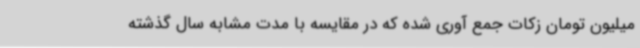
میلیون تومان زکات جمع آوری شده که در مقایسه با مدت مشابه سال گذشته